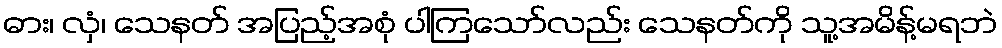
ဓား၊ လှံ၊ သေနတ် အပြည့်အစုံ ပါကြသော်လည်း သေနတ်ကို သူ့အမိန့်မရဘဲ